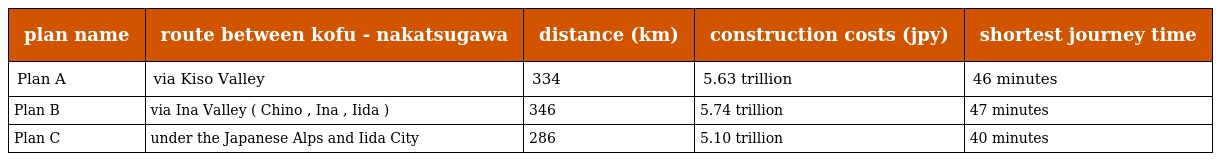
| plan name | route between kofu - nakatsugawa | distance (km) | construction costs (jpy) | shortest journey time |
 | --- | --- | --- | --- | --- |
 | Plan A | via Kiso Valley | 334 | 5.63 trillion | 46 minutes |
 | Plan B | via Ina Valley ( Chino , Ina , Iida ) | 346 | 5.74 trillion | 47 minutes |
 | Plan C | under the Japanese Alps and Iida City | 286 | 5.10 trillion | 40 minutes |